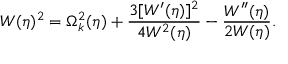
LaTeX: W ( \eta ) ^ { 2 } = \Omega _ { k } ^ { 2 } ( \eta ) + \frac { 3 [ W ^ { \prime } ( \eta ) ] ^ { 2 } } { 4 W ^ { 2 } ( \eta ) } - \frac { W ^ { \prime \prime } ( \eta ) } { 2 W ( \eta ) } .